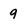
Character: 9